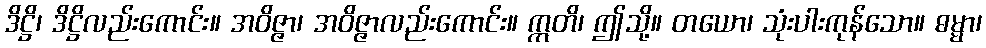
ဒိဋ္ဌိ၊ ဒိဋ္ဌိလည်းကောင်း။ အဝိဇ္ဇာ၊ အဝိဇ္ဇာလည်းကောင်း။ ဣတိ၊ ဤသို့။ တယော၊ သုံးပါးကုန်သော။ ဓမ္မာ၊